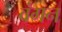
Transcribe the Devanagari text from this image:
वंगन